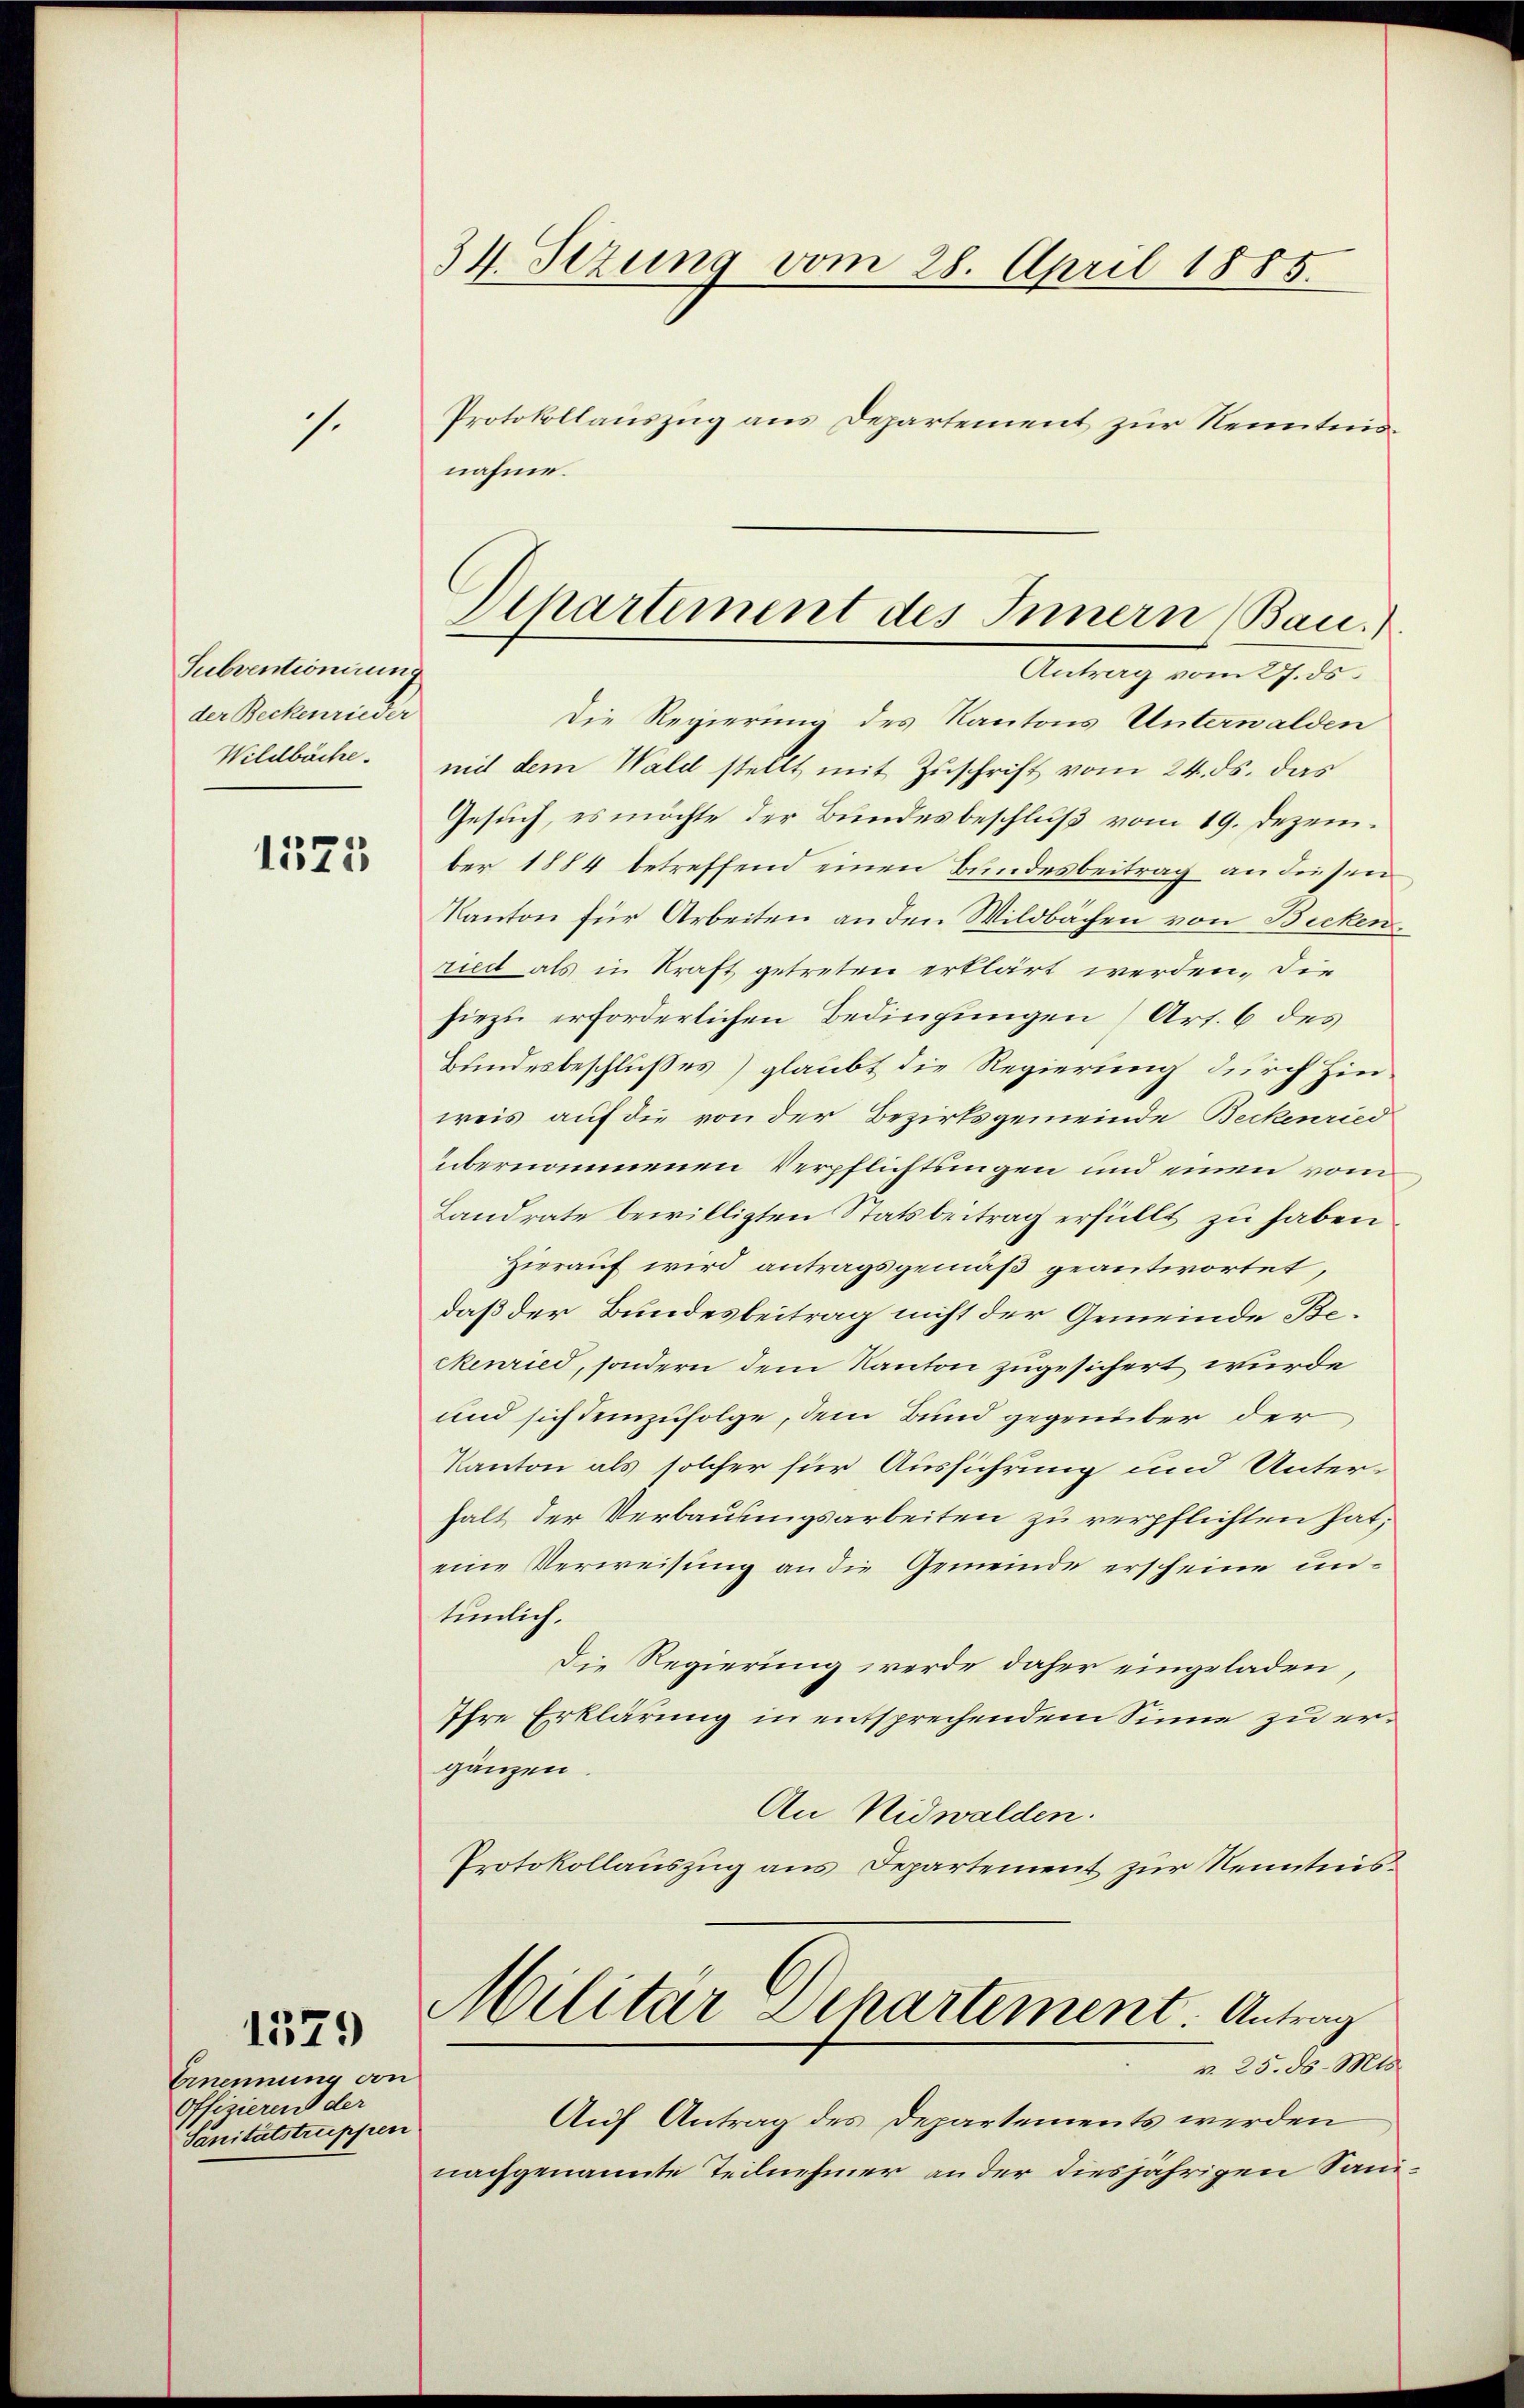
s.

Subventionirung
der Beckenrieder
Wildbache.

1575

Ernennung von
Offizierent der
Sanitätstruppen

1579

34. Stzung vom 28. April 1885.
Protokollauszug aus Departement zur Kenntnis¬

nahme.
Antrag vom 27. ds.
Die Regierung des Kantons Unterwalden
mit dem Wald stellt mit Zuschrift vom 24. ds. das
Gesuch, es möchte der Bundesbeschluß vom 19. Dezember 1884 betreffend einen Bundesbeitrag an diesen
Kanton für Arbeiten an den Wildbachen von Bickenriedt als in Kraft getreten erklärt werden. Die
hiezu erforderlichen Bedingungen (Art. 6 des
Bundesbeschlußes glaubt die Regierung durch Hinweis auf die von der Bezirksgemeinde Beckenried
übernommenen Verpflichtungen und einen vom
Landrate bewilligten Statsbeitrag erfüllt zu haben
Hierauf wird antragsgemäß geantwortet,
daß der Bundesbeitrag nicht der Gemeinde Beckenried, sondern dem Kanton zugesichert wurde
und sich demzufolge, dem Bund gegenüber der
Kanton als solcher für Ausführung und Unterhalt der Verbausungsarbeiten zu verpflichten hat;
eine Verweisung an die Gemeinde erscheine untunlich.
Die Regierung werde daher eingeladen,
Ihre Erklärung in entsprechendem Sinne zu ergänzen.
An Nidwalden.
Protokollauszug aus Departement zur Kenntnis¬
Militar Departement. Antrag
n 25. d. Mts.
Auf Antrag des Departements werden
nachgenannte Teilnehmer an der diesjährigen Sani¬

Departement des Innern Bau.